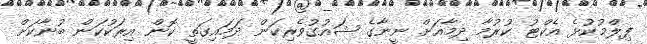
ފިލްމުކުޅެ އެކްޓު ކުރުމާ ދިމާއަށް ނީނާގެ ޝައުގުވެރިކަން ދަމައިގަތީ ކޮން އިރަކުކަން ބުނާކަށް